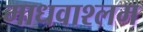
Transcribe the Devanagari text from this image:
माधवाश्लम